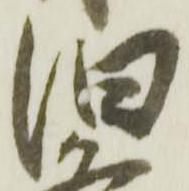
旧